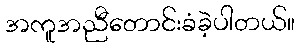
အကူအညီတောင်းခံခဲ့ပါတယ်။